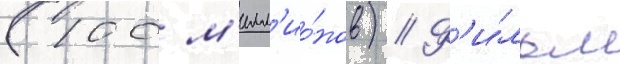
(100 м'илл'ио́нов) // Ф'и́льм